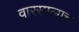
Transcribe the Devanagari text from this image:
वारसालाच